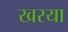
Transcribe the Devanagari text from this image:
खरया